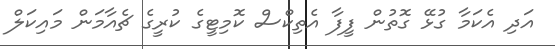
އަދި އެކަމާ ގުޅޭ ގޮތުން ފީފާ އެތިކްސް ކޮމިޓީގެ ކުރީގެ ޗެއާމަން މައިކަލް